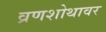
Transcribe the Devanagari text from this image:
व्रणशोथावर